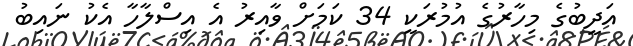
އަދީބުގެ މިހާރުގެ އުމުރަކީ 34 ކަމަށް ވާއިރު އެ އިސްލާހާ އެކު ނައިބު